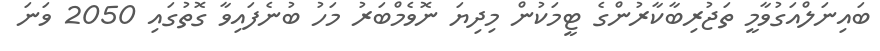
ބައިނަލްއަގުވާމީ ތަޖުރިބާކާރުންގެ ޓީމަކުން މިދިޔަ ނޮވެމްބަރު މަހު ބުނެފައިވާ ގޮތުގައި 2050 ވަނަ